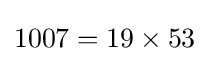
1007=19\times 53